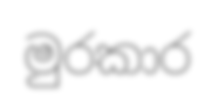
මුරකාර